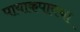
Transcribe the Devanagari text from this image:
पायाकपायचा